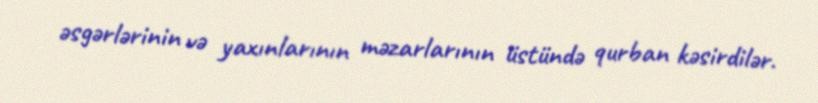
əsgərlərinin və yaxınlarının məzarlarının üstündə qurban kəsirdilər.